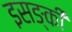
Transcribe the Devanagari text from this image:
इसङ्की